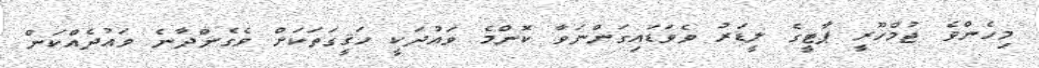
މިހެންވެ ޖުމްހޫރީ ޕާޓީގެ ލީޑަރު ވެވަޑައިގަންނަވާ ކޮންމެ ވައުދަކީ ހަޤީގަތަކަށް ވެގެންދާނެ ވައުދެއްކަން